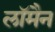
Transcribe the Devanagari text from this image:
लॉमैन